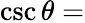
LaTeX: \csc\theta=